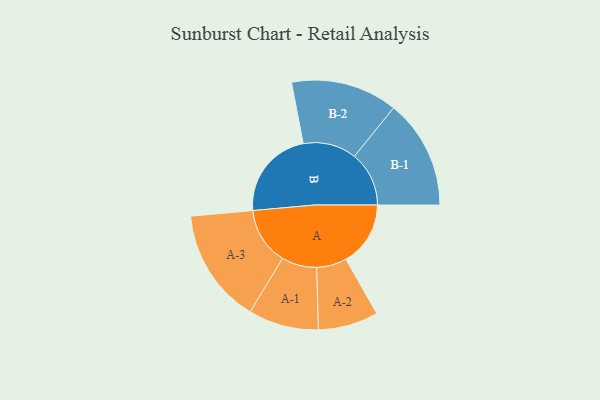
{"axis": {"x": "Segment", "y": "Value"}, "legend": ["", "A", "B"], "data": [{"x": "A", "y": 305, "type": ""}, {"x": "B", "y": 426, "type": ""}, {"x": "A-1", "y": 166, "type": "A"}, {"x": "A-2", "y": 142, "type": "A"}, {"x": "A-3", "y": 271, "type": "A"}, {"x": "B-1", "y": 258, "type": "B"}, {"x": "B-2", "y": 252, "type": "B"}]}